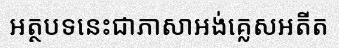
អត្ថបទនេះជាភាសាអង់គ្លេសអតីត